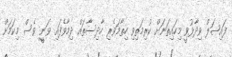
ފައިޞަލް ވިދާޅުވީ މިހައިތަނަށް ކުރިމަތިވި ހިތާމަވެރި ހާދިސާތައް ދިމާވެފައި ވަނީީ ވެސް މިކަމަށް